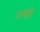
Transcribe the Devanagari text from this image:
उन्हां